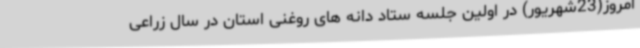
امروز(23شهریور) در اولین جلسه ستاد دانه های روغنی استان در سال زراعی